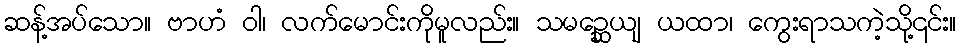
ဆန့်အပ်သော။ ဗာဟံ ဝါ၊ လက်မောင်းကိုမူလည်း။ သမဉ္ဆေယျ ယထာ၊ ကွေးရာသကဲ့သို့၎င်း။